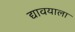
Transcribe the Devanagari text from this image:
द्यावयाला